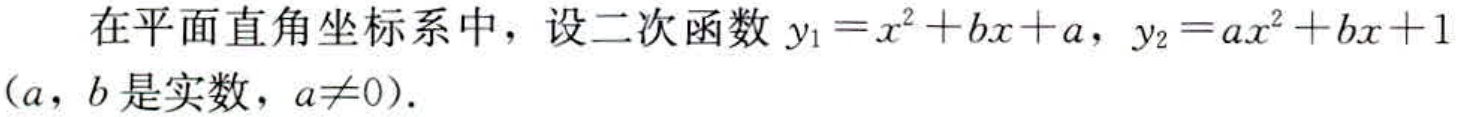
在平面直角坐标系中，设二次函数\(y_{1}=x^{2}+bx + a\)，\(y_{2}=ax^{2}+bx + 1\)（\(a\)，\(b\)是实数，\(a\neq0\)）.